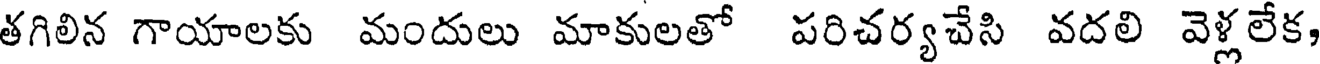
తగిలిన గాయాలకు మందులు మాకులతో పరిచర్యచేసి వదలి వెళ్లలేక,